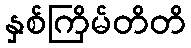
နှစ်ကြိမ်တိတိ